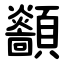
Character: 顲